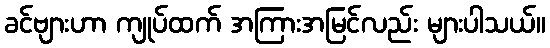
ခင်ဗျားဟာ ကျုပ်ထက် အကြားအမြင်လည်း များပါသယ်။